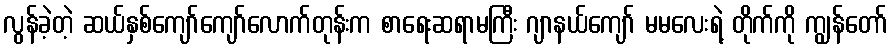
လွန်ခဲ့တဲ့ ဆယ်နှစ်ကျော်ကျော်လောက်တုန်းက စာရေးဆရာမကြီး ဂျာနယ်ကျော် မမလေးရဲ့ တိုက်ကို ကျွန်တော်